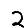
Digit: 2